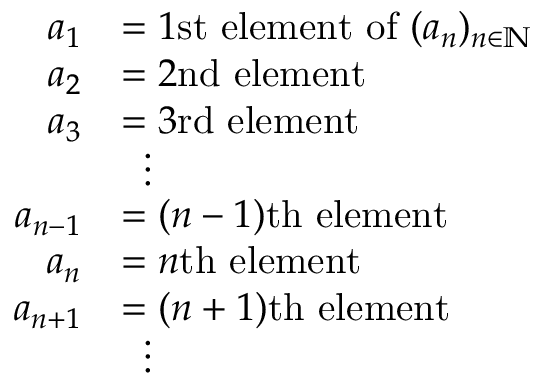
{ \begin{array} { r l } { a _ { 1 } } & { = 1 { \mathrm { s t ~ e l e m e n t ~ o f ~ } } ( a _ { n } ) _ { n \in \mathbb { N } } } \\ { a _ { 2 } } & { = 2 { \mathrm { n d ~ e l e m e n t ~ } } } \\ { a _ { 3 } } & { = 3 { \mathrm { r d ~ e l e m e n t ~ } } } \\ & { \; \; \vdots } \\ { a _ { n - 1 } } & { = ( n - 1 ) { \mathrm { t h ~ e l e m e n t } } } \\ { a _ { n } } & { = n { \mathrm { t h ~ e l e m e n t } } } \\ { a _ { n + 1 } } & { = ( n + 1 ) { \mathrm { t h ~ e l e m e n t } } } \\ & { \; \; \vdots } \end{array} }